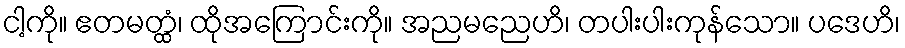
ငါ့ကို။ ဧတမတ္ထံ၊ ထိုအကြောင်းကို။ အညမညေဟိ၊ တပါးပါးကုန်သော။ ပဒေဟိ၊